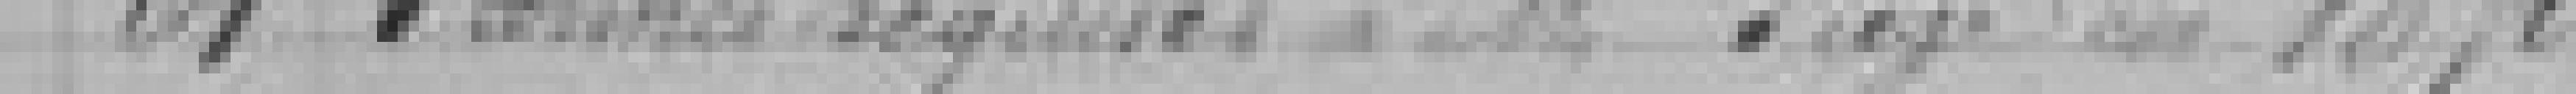
54. Terrains acquis à Monsieur PUGRIEN? en 1870